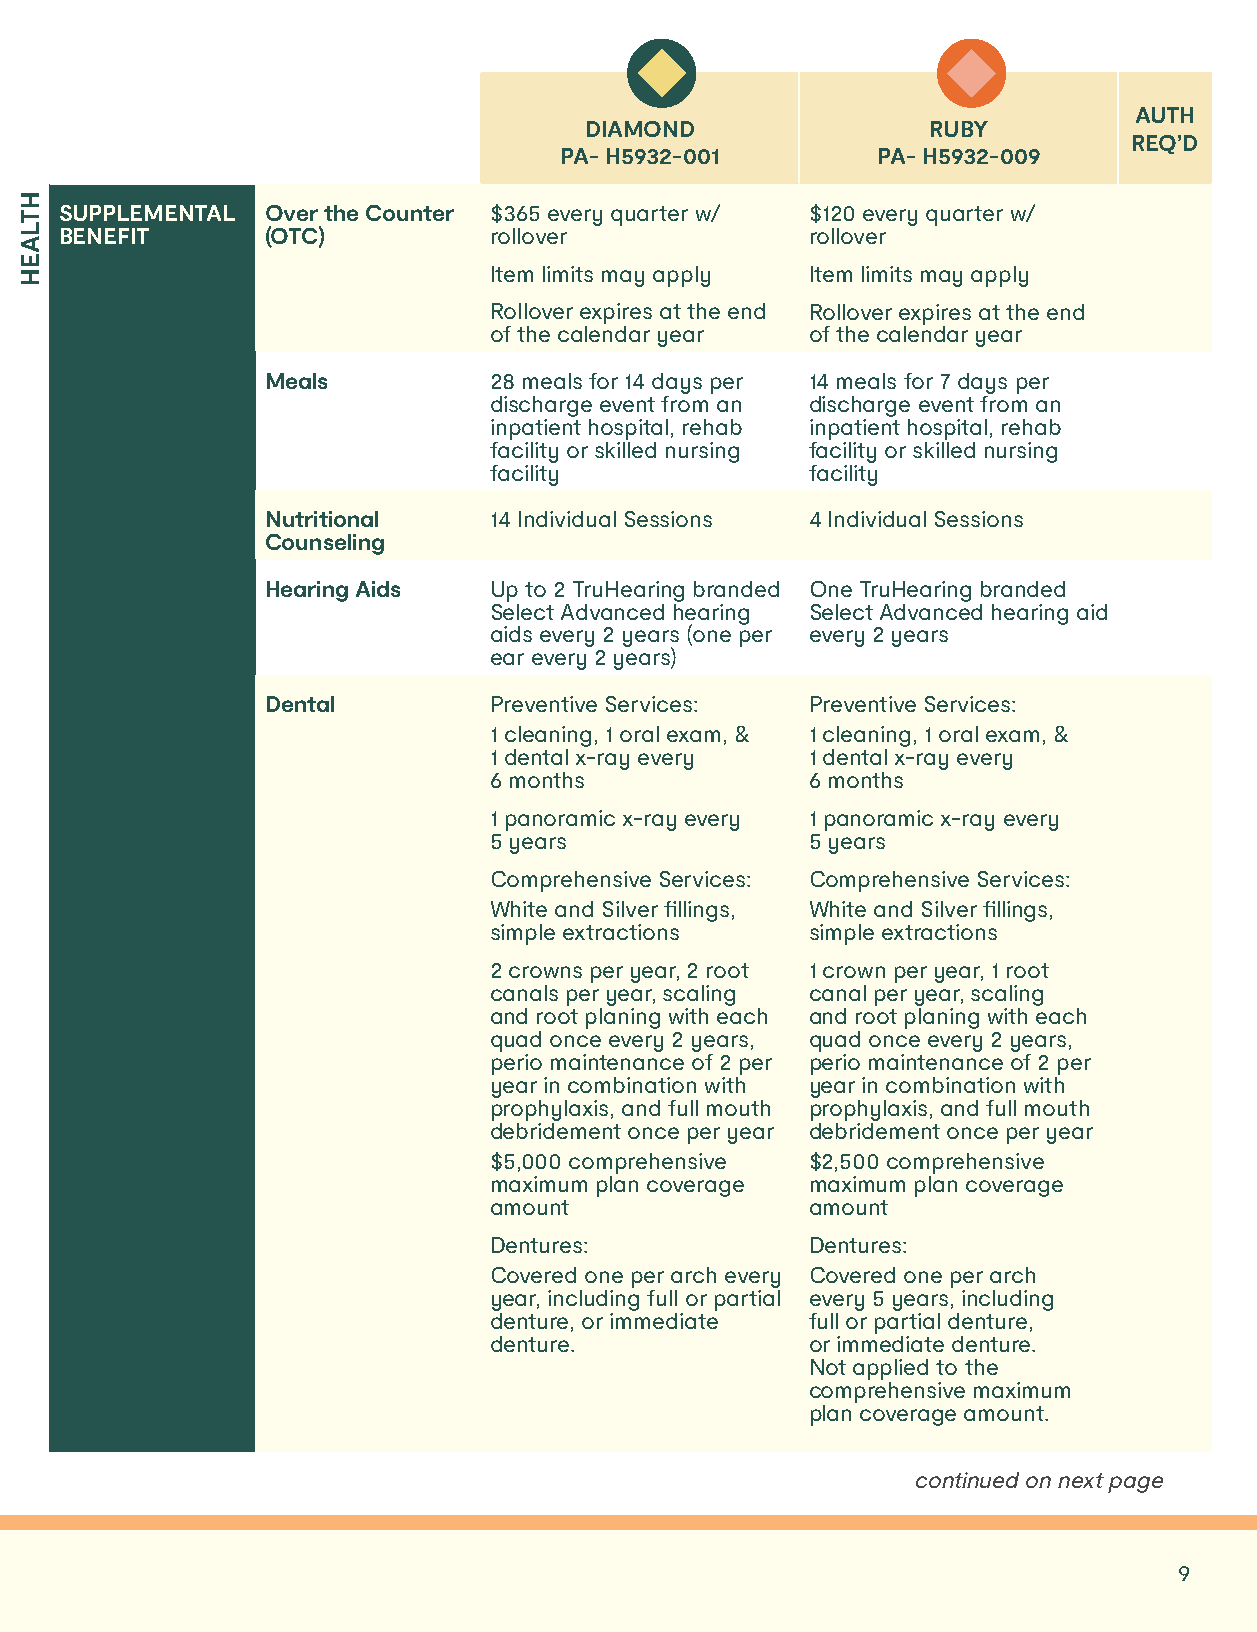
AUTH
 DIAMOND               RUBY
 REQ’D
 PA- H5932-001        PA- H5932-009
 SUPPLEMENTAL  Over the Counter $365 every quarter w/ $120 every quarter w/
 BENEFIT       (OTC)         rollover              rollover
 Item limits may apply Item limits may apply
 Rollover expires at the end Rollover expires at the end
 of the calendar year  of the calendar year
 Meals         28 meals for 14 days per 14 meals for 7 days per
 discharge event from an discharge event from an
 inpatient hospital, rehab inpatient hospital, rehab
 facility or skilled nursing facility or skilled nursing
 facility              facility
 Nutritional   14 Individual Sessions 4 Individual Sessions
 Counseling
 Hearing Aids  Up to 2 TruHearing branded One TruHearing branded
 Select Advanced hearing Select Advanced hearing aid
 aids every 2 years (one per every 2 years
 ear every 2 years)
 Dental        Preventive Services:  Preventive Services:
 1 cleaning, 1 oral exam, & 1 cleaning, 1 oral exam, &
 1 dental x-ray every  1 dental x-ray every
 6 months              6 months
 1 panoramic x-ray every 1 panoramic x-ray every
 5 years               5 years
 Comprehensive Services: Comprehensive Services:
 White and Silver fillings, White and Silver fillings,
 simple extractions    simple extractions
 2 crowns per year, 2 root 1 crown per year, 1 root
 canals per year, scaling canal per year, scaling
 and root planing with each and root planing with each
 quad once every 2 years, quad once every 2 years,
 perio maintenance of 2 per perio maintenance of 2 per
 year in combination with year in combination with
 prophylaxis, and full mouth prophylaxis, and full mouth
 debridement once per year debridement once per year
 $5,000 comprehensive  $2,500 comprehensive
 maximum plan coverage maximum plan coverage
 amount                amount
 Dentures:             Dentures:
 Covered one per arch every Covered one per arch
 year, including full or partial every 5 years, including
 denture, or immediate full or partial denture,
 denture.              or immediate denture.
 Not applied to the
 comprehensive maximum
 plan coverage amount.
 continued on next page
 Questions? We’re here to help. Call 1 877-NUMBER (TTY 711) • <<MedicareLandingPage.com>> 291
 HTLAEH